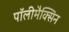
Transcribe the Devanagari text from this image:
पॉलीमैक्सिन